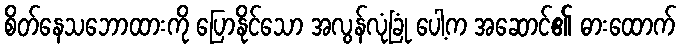
စိတ်နေသဘောထားကို ပြောနိုင်သော အလွန်လုံခြုံ ပေါ့က အဆောင်၏ ဓားထောက်